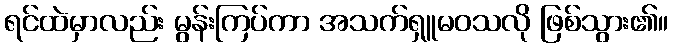
ရင်ထဲမှာလည်း မွန်းကြပ်ကာ အသက်ရှူမဝသလို ဖြစ်သွား၏။